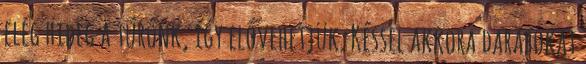
elég hideg a túrónk, így elővehetjük. Késsel akkora darabokat